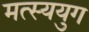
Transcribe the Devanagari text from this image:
मत्स्ययुग